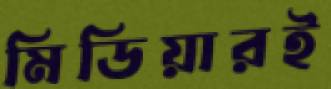
মিডিয়ারই